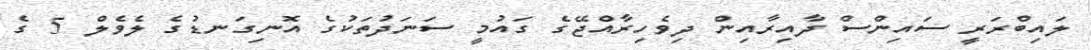
ލައިބްރަރީ ސައިންސް ދާއިރާއިން ދިވެހިރާއްޖޭގެ ގައުމީ ސަނަދުތަކުގެ އޮނިގަނޑުގެ ލެވެލް 5 ގެ